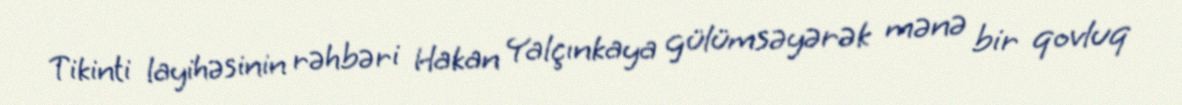
Tikinti layihəsinin rəhbəri Hakan Yalçınkaya gülümsəyərək mənə bir qovluq